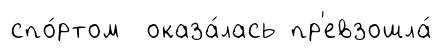
спо́ртом оказа́лась пр'евзошла́